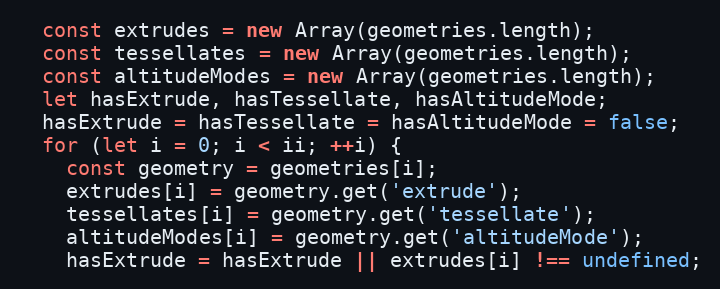
Language: JavaScript
  const extrudes = new Array(geometries.length);
  const tessellates = new Array(geometries.length);
  const altitudeModes = new Array(geometries.length);
  let hasExtrude, hasTessellate, hasAltitudeMode;
  hasExtrude = hasTessellate = hasAltitudeMode = false;
  for (let i = 0; i < ii; ++i) {
    const geometry = geometries[i];
    extrudes[i] = geometry.get('extrude');
    tessellates[i] = geometry.get('tessellate');
    altitudeModes[i] = geometry.get('altitudeMode');
    hasExtrude = hasExtrude || extrudes[i] !== undefined;